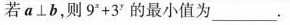
若a⊥b，则$$9 ^ { x } + 3 ^ { y }$$的最小值为_____。